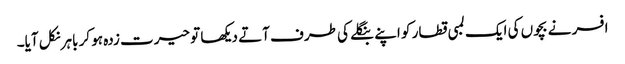
افسر نے بچوں کی ایک لمبی قطار کو اپنے بنگلے کی طرف آتے دیکھا تو حیرت زدہ ہو کر باہر نکل آیا۔